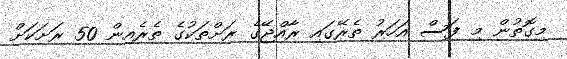
މިގޮތުން މި ފަސް އަހަރު ތެރޭގައި ރާއްޖޭގެ ރަށްތަކުގެ ތެރެއިން 50 ރަށަކަށް